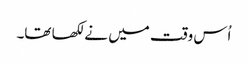
اُس وقت میں نے لکھا تھا۔